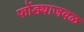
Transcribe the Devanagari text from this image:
फोंड्याजवळ